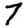
Digit: 7